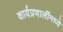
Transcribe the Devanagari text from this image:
कार्यप्रणालींमध्ये